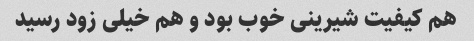
هم کیفیت شیرینی خوب بود و هم خیلی زود رسید